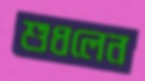
শুধলেন